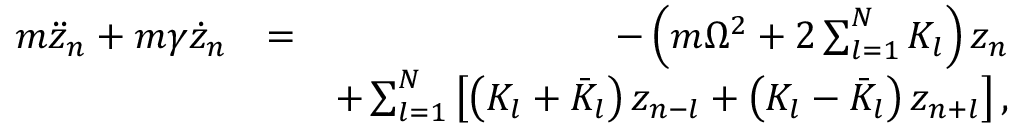
\begin{array} { r l r } { m \ddot { z } _ { n } + m \gamma \dot { z } _ { n } } & { = } & { - \left( m \Omega ^ { 2 } + 2 \sum _ { l = 1 } ^ { N } K _ { l } \right) z _ { n } } \\ & { } & { + \sum _ { l = 1 } ^ { N } \left[ \left( K _ { l } + \bar { K } _ { l } \right) z _ { n - l } + \left( K _ { l } - \bar { K } _ { l } \right) z _ { n + l } \right] , } \end{array}